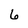
Character: 6